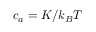
c _ { a } = K / k _ { B } T